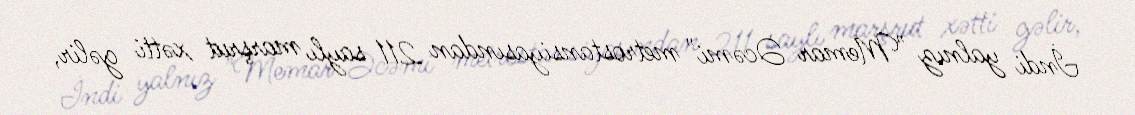
İndi yalnız "Memar Əcəmi" metrostansiyasından 211 saylı marşrut xətti gəlir,